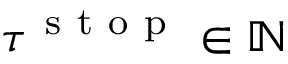
\tau ^ { \mathrm { ~ s ~ t ~ o ~ p ~ } } \in \mathbb { N }